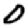
Digit: 0